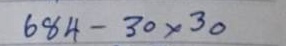
684 - 30 x 30